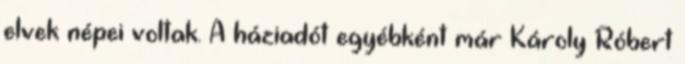
elvek népei voltak. A háziadót egyébként már Károly Róbert